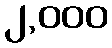
၂,၀၀၀